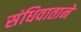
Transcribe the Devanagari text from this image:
संधिवाताने